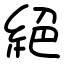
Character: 絕